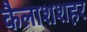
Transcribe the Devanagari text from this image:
कैलाशशहर